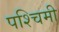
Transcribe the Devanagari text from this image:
पश्‍चिमी